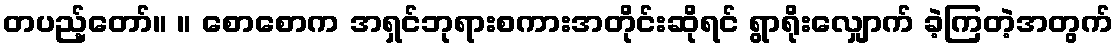
တပည့်တော်။ ။ စောစောက အရှင်ဘုရားစကားအတိုင်းဆိုရင် ရွာရိုးလျှောက် ခဲ့ကြတဲ့အတွက်